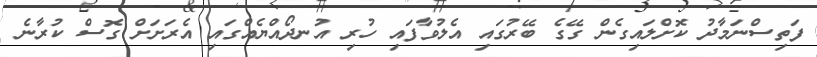
ފަތިސްނަމާދު ކޮށްލައިގެން ގޭގެ ބޭރުގައި އެލުވާފައި ހުރި އުނދޯއްޔެއްގައި އެރަށަށް ގޮސް ކުރާނެ